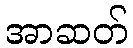
အာဆတ်